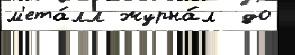
м'ета́лл журна́л  до